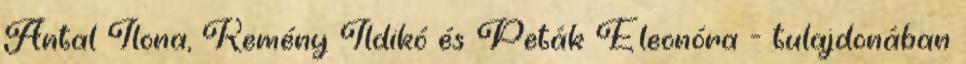
Antal Ilona, Kemény Ildikó és Peták Eleonóra - tulajdonában